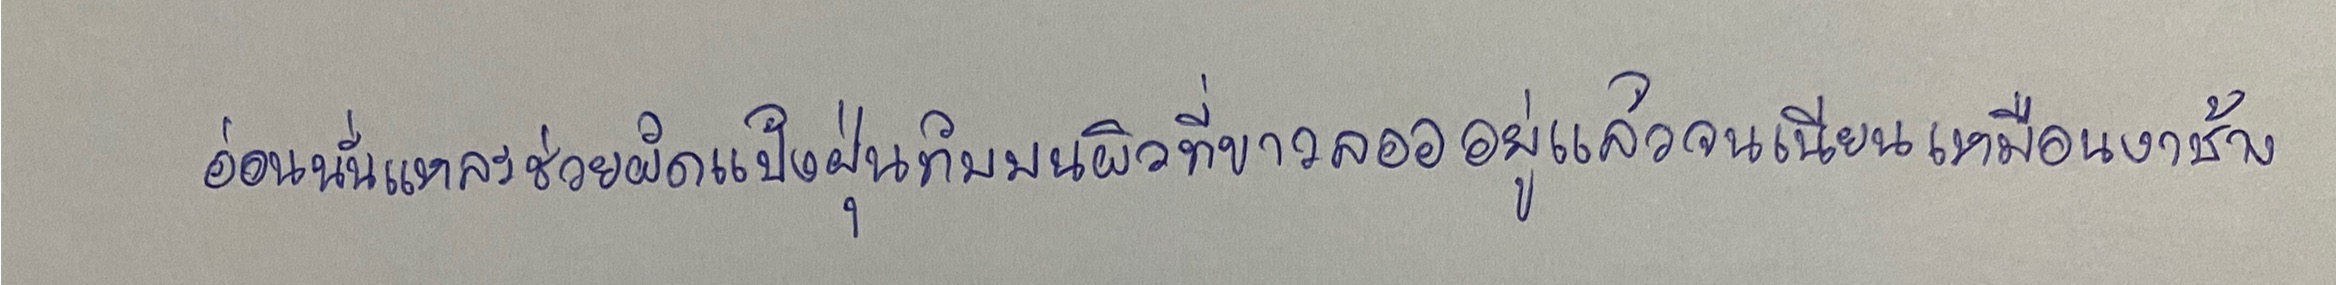
อ่อนนั่นแหละช่วยผัดแป้งฝุ่นทับบนผิวที่ขาวลอออยู่แล้วจนเนียนเหมือนงาช้าง